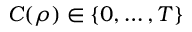
C ( \boldsymbol { \rho } ) \in \{ 0 , \ldots , T \}